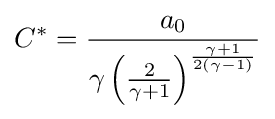
C^{*}={\frac {a_{0}}{\gamma \left({\frac {2}{\gamma +1}}\right)^{\frac {\gamma +1}{2(\gamma -1)}}}}